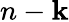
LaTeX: n-\mathbf{k}